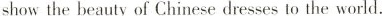
show the beauty of Chinese dresses to the world.